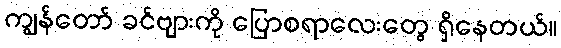
ကျွန်တော် ခင်ဗျားကို ပြောစရာလေးတွေ ရှိနေတယ်။